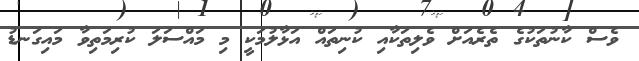
ވެސް ކާނުތަކުގެ ތެރެއަށް ވެލިތަކާއި ކުނިތައް އަޅާލުމަކީ މި މައްސަލަ ކުރިމަތިވާ މައިގަނޑު